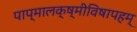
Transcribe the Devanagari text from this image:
पाप्मालक्ष्मीविषापहम्